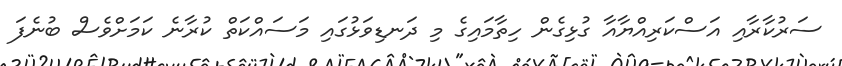
ސަރުކާރާއި އަސްކަރިއްޔާއާ ގުޅިގެން ހިތާމައިގެ މި ދަނޑިވަޅުގައި މަސައްކަތް ކުރާނެ ކަމަށްވެސް ބުނެފަ